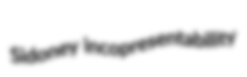
Sidoney incopresentability